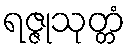
ရဇ္ဇုသုတ္တံ